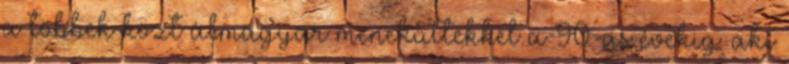
a többek közt álmagyar menekültekkel a 90-as évekig: aki